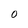
Character: O